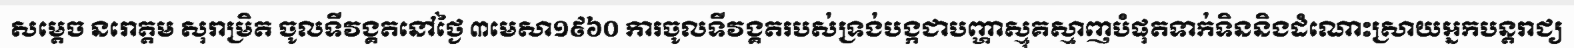
សម្តេច នរោត្តម សុរាម្រិត ចូលទីវង្គតនៅថ្ងៃ ៣មេសា១៩៦០ ការចូលទីវង្គតរបស់ទ្រង់បង្កជាបញ្ហាស្មុគស្មាញបំផុតទាក់ទិននិងដំណោះស្រាយអ្នកបន្តរាជ្យ